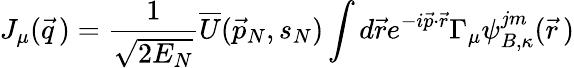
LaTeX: J_{\mu}({\vec{q}}\, )=\frac{1}{\sqrt{2E_{N}}}{\overline{{U}}}({\vec{p}}_{N},s_{N})\int d{\vec{r}}e^{-i{\vec{p}}\cdot{\vec{r}}}\Gamma_{\mu}\psi_{B,\kappa}^{jm}({\vec{r}}\, )